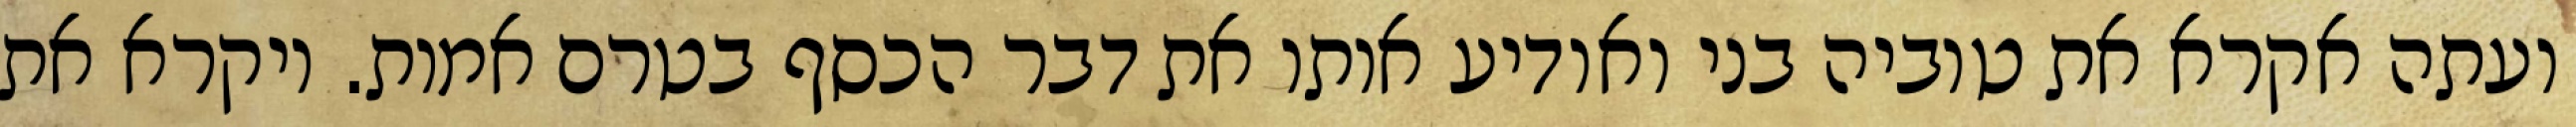
ועתה אקרא את טוביה בני ואודיע אותו את דבר הכסף בטרם אמות. ויקרא את